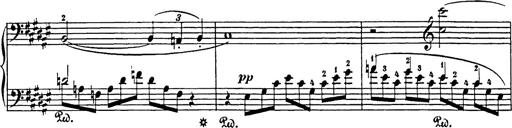
Title: Impromptu
Composer: JosÃ© MarÃ­a Usandizaga
Key: A major